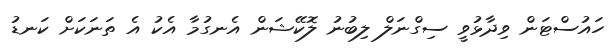
ހައުސްޓަން ވިދާޅުވީ ސިގްނަލް ލިބުނު ލޮކޭޝަން އެނގުމާ އެކު އެ ތަނަަކަށް ކަނޑު